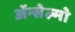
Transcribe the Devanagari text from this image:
ॲन्सेल्मो